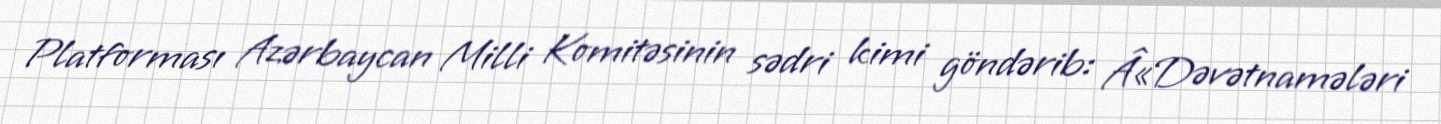
Platforması Azərbaycan Milli Komitəsinin sədri kimi göndərib: Â«Dəvətnamələri